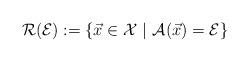
LaTeX: \begin{align*}\mathcal{R}(\mathcal{E}):=\{\vec{x}\in\mathcal{X} \ | \ \mathcal{A}(\vec{x})= {\mathcal{E}} \}\end{align*}